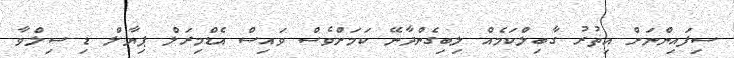
ސިފައިންނަށް އިތުރު ގާބިލްކަމެއް ލިބިގެންދާނޭ ކަމަށްވެސް ވައިސް އެޑްމިރަލް ޕިޔާލް ޑި ސިލްވާ